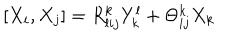
[ X _ { i } , X _ { j } ] = R _ { l i j } ^ { k } Y _ { k } ^ { l } + \Theta _ { i j } ^ { k } X _ { k }